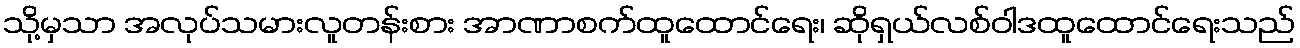
သို့မှသာ အလုပ်သမားလူတန်းစား အာဏာစက်ထူထောင်ရေး၊ ဆိုရှယ်လစ်ဝါဒထူထောင်ရေးသည်